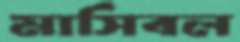
মার্সিবল